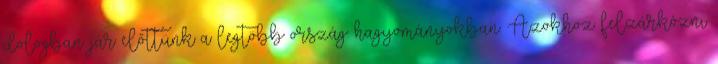
dologban jár előttünk a legtöbb ország: hagyományokban. Azokhoz felzárkózni